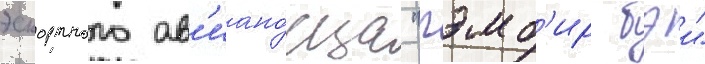
эскортного ав'иано́сца "гэмб'ир бэи"